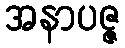
အနာပဇ္ဇ